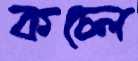
কচ্‌লে